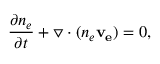
\frac { \partial n _ { e } } { \partial t } + \triangledown \cdot ( n _ { e } \mathbf { v _ { e } } ) = 0 ,